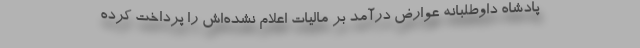
پادشاه داوطلبانه عوارض درآمد بر مالیات اعلام نشده‌اش را پرداخت کرده